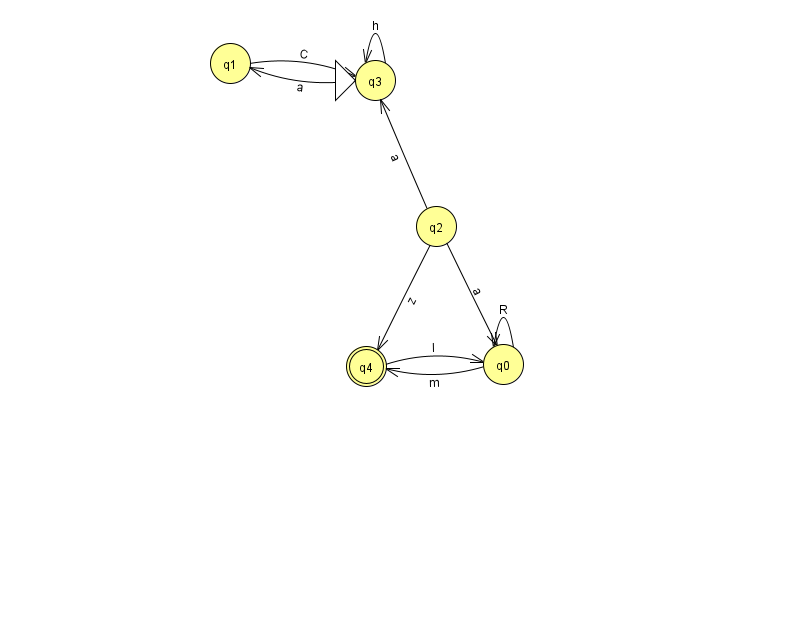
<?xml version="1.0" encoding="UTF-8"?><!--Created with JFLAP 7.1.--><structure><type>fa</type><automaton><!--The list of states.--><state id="0" name="q0"><x>503.0</x><y>351.0</y></state><state id="1" name="q1"><x>230.0</x><y>50.0</y></state><state id="2" name="q2"><x>436.0</x><y>213.0</y></state><state id="3" name="q3"><x>375.0</x><y>67.0</y><initial/></state><state id="4" name="q4"><x>366.0</x><y>353.0</y><final/></state><!--The list of transitions.--><transition><from>3</from><to>1</to><read>a</read></transition><transition><from>2</from><to>0</to><read>a</read></transition><transition><from>4</from><to>0</to><read>I</read></transition><transition><from>0</from><to>0</to><read>R</read></transition><transition><from>1</from><to>3</to><read>C</read></transition><transition><from>2</from><to>4</to><read>z</read></transition><transition><from>0</from><to>4</to><read>m</read></transition><transition><from>2</from><to>3</to><read>a</read></transition><transition><from>3</from><to>3</to><read>h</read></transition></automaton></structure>